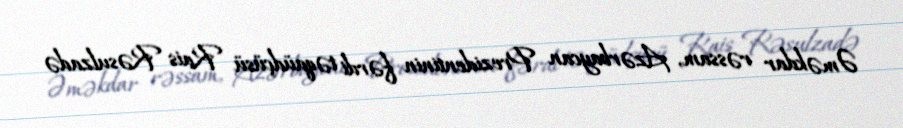
Əməkdar rəssam, Azərbaycan Prezidentinin fərdi təqaüdçüsü Rais Rəsulzadə